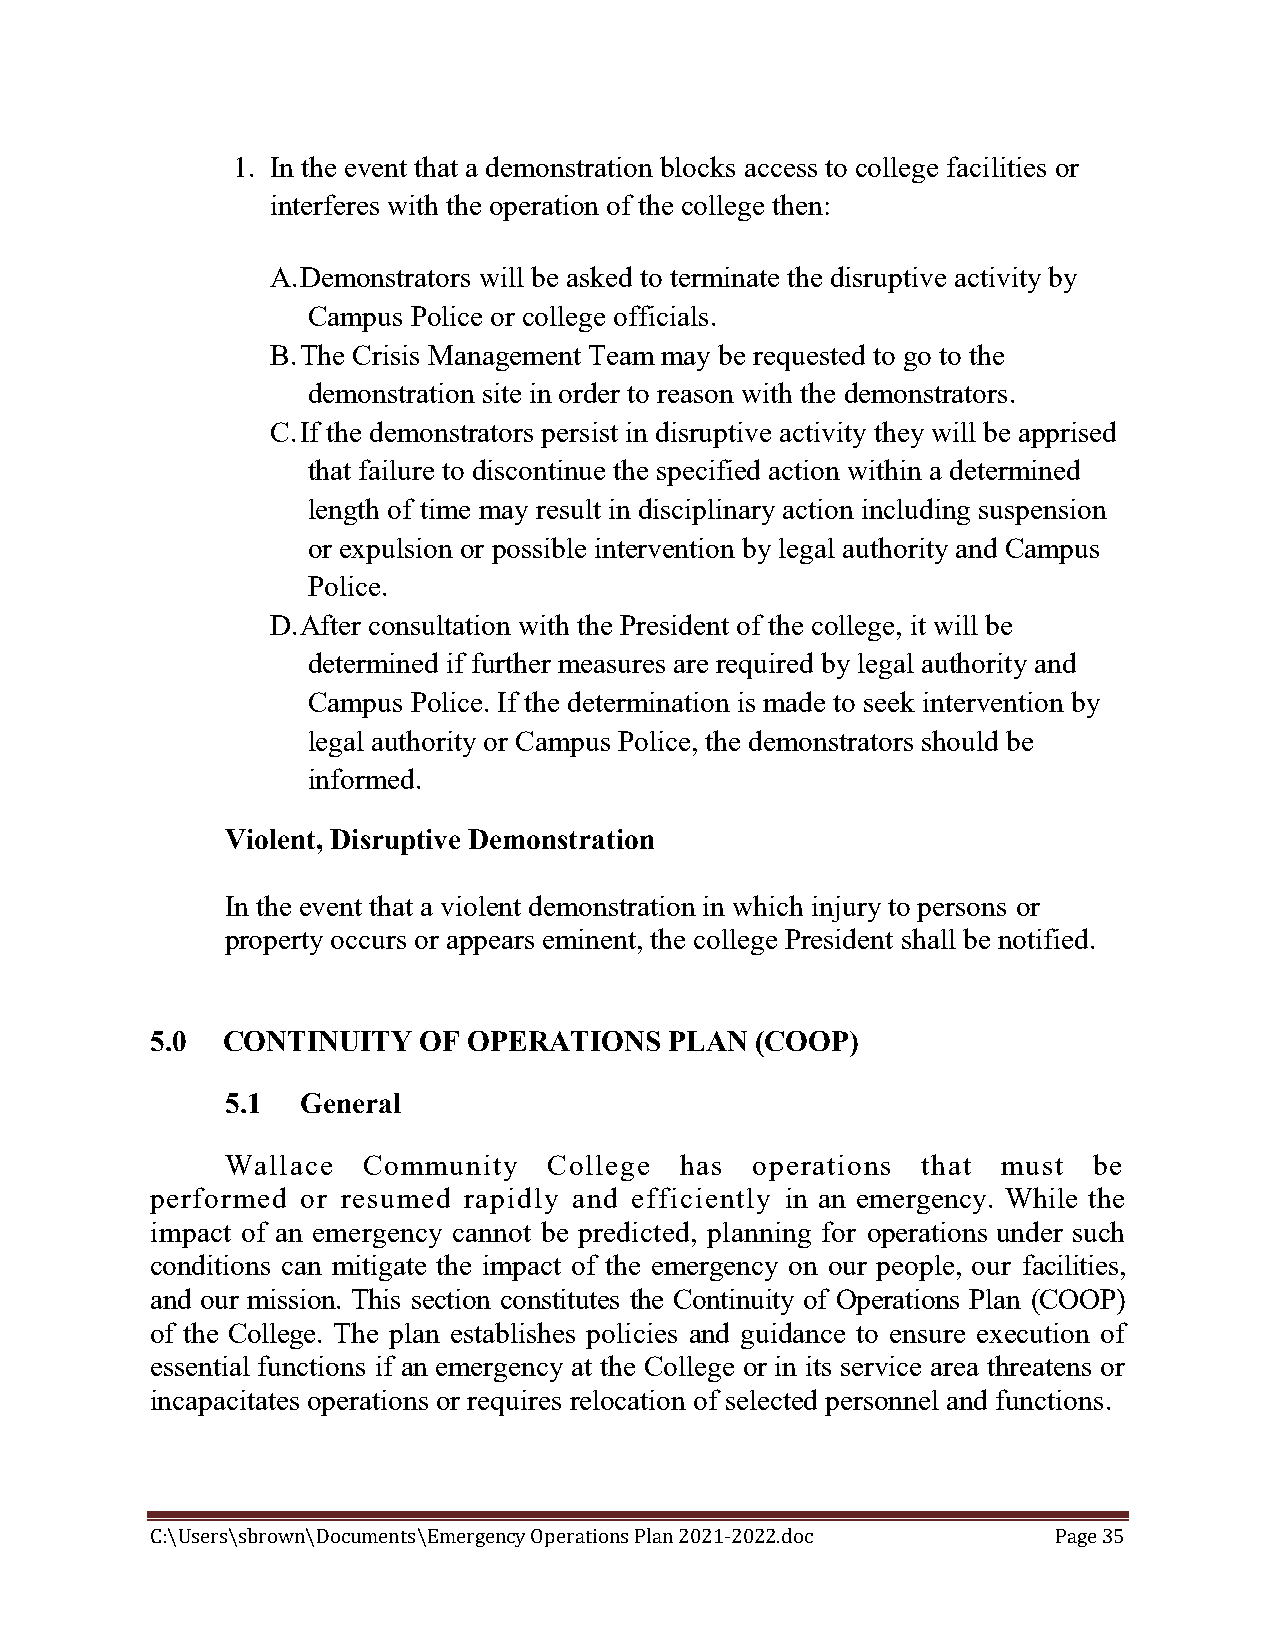
1. In the event that a demonstration blocks access to college facilities or
 interferes with the operation of the college then:
 A. Demonstrators will be asked to terminate the disruptive activity by
 Campus Police or college officials.
 B. The Crisis Management Team may be requested to go to the
 demonstration site in order to reason with the demonstrators.
 C. If the demonstrators persist in disruptive activity they will be apprised
 that failure to discontinue the specified action within a determined
 length of time may result in disciplinary action including suspension
 or expulsion or possible intervention by legal authority and Campus
 Police.
 D. After consultation with the President of the college, it will be
 determined if further measures are required by legal authority and
 Campus Police. If the determination is made to seek intervention by
 legal authority or Campus Police, the demonstrators should be
 informed.
 Violent, Disruptive Demonstration
 In the event that a violent demonstration in which injury to persons or
 property occurs or appears eminent, the college President shall be notified.
 5.0  CONTINUITY   OF OPERATIONS   PLAN  (COOP)
 5.1  General
 Wallace  Community   College  has  operations that must  be
 performed or resumed rapidly and efficiently in an emergency. While the
 impact of an emergency cannot be predicted, planning for operations under such
 conditions can mitigate the impact of the emergency on our people, our facilities,
 and our mission. This section constitutes the Continuity of Operations Plan (COOP)
 of the College. The plan establishes policies and guidance to ensure execution of
 essential functions if an emergency at the College or in its service area threatens or
 incapacitates operations or requires relocation of selected personnel and functions.
 C:\Users\sbrown\Documents\Emergency Operations Plan 2021-2022.doc Page 35